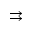
\rightrightarrows